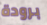
برودة